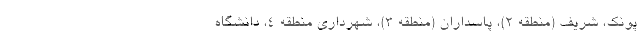
پونک، شریف (منطقه ۲)، پاسداران (منطقه ۳)، شهرداری منطقه ۴، دانشگاه